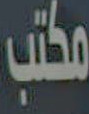
مكتب